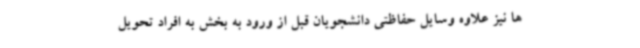
ها نیز علاوه وسایل حفاظتی دانشجویان قبل از ورود به بخش به افراد تحویل